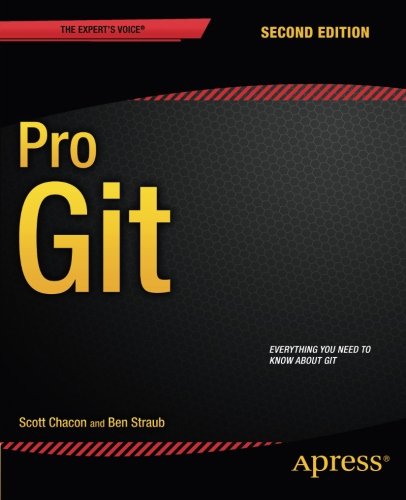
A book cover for Pro Git; Scott Chacon; Computers & Technology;